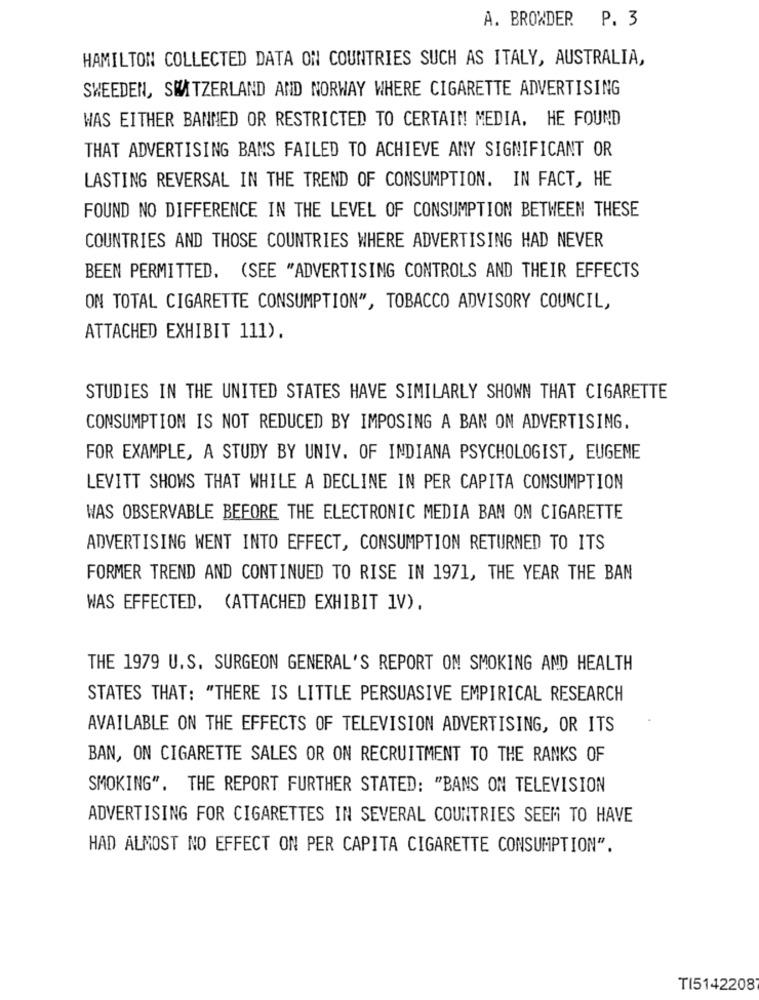
A. BROWDER P. 3
HAMILTON COLLECTED DATA ON COUNTRIES SUCH AS ITALY, AUSTRALIA,
SWEEDEN, SWITZERLAND AND NORWAY WHERE CIGARETTE ADVERTISING
WAS EITHER BANNED OR RESTRICTED TO CERTAIN MEDIA. HE FOUND
THAT ADVERTISING BANS FAILED TO ACHIEVE ANY SIGNIFICANT OR
LASTING REVERSAL IN THE TREND OF CONSUMPTION. IN FACT, HE
FOUND NO DIFFERENCE IN THE LEVEL OF CONSUMPTION BETWEEN THESE
COUNTRIES AND THOSE COUNTRIES WHERE ADVERTISING HAD NEVER
BEEN PERMITTED. (SEE "ADVERTISING CONTROLS AND THEIR EFFECTS
ON TOTAL CIGARETTE CONSUMPTION", TOBACCO ADVISORY COUNCIL,
ATTACHED EXHIBIT 111).
STUDIES IN THE UNITED STATES HAVE SIMILARLY SHOWN THAT CIGARETTE
CONSUMPTION IS NOT REDUCED BY IMPOSING A BAN ON ADVERTISING.
FOR EXAMPLE, A STUDY BY UNIV. OF INDIANA PSYCHOLOGIST, EUGENE
LEVITT SHOWS THAT WHILE A DECLINE IN PER CAPITA CONSUMPTION
WAS OBSERVABLE BEFORE THE ELECTRONIC MEDIA BAN ON CIGARETTE
ADVERTISING WENT INTO EFFECT, CONSUMPTION RETURNED TO ITS
FORMER TREND AND CONTINUED TO RISE IN 1971, THE YEAR THE BAN
WAS EFFECTED, (ATTACHED EXHIBIT IV).
THE 1979 U.S. SURGEON GENERAL'S REPORT ON SMOKING AND HEALTH
STATES THAT: "THERE IS LITTLE PERSUASIVE EMPIRICAL RESEARCH
AVAILABLE ON THE EFFECTS OF TELEVISION ADVERTISING, OR ITS
BAN, ON CIGARETTE SALES OR ON RECRUITMENT TO THE RANKS OF
SMOKING". THE REPORT FURTHER STATED: "BANS ON TELEVISION
ADVERTISING FOR CIGARETTES IN SEVERAL COUNTRIES SEEM TO HAVE
HAD ALMOST NO EFFECT ON PER CAPITA CIGARETTE CONSUMPTION".
TI5142208